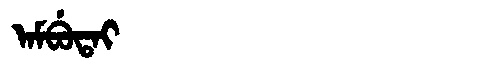
Manchu: ᠠᠮᠪᡠᡨᠠᡳ
Romanization: AMBUTAI